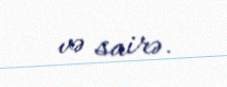
və sairə.